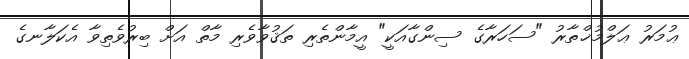
ޢުމަރު ޢަލްމުޚްތާރު "ސަހަރާގެ ސިންގާއަކީ" އީމާންތެރި ތަޤުވާވެރި މާތް އަށް ބިރުވެތިވާ އެކަލާނގެ